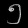
Digit: ၅